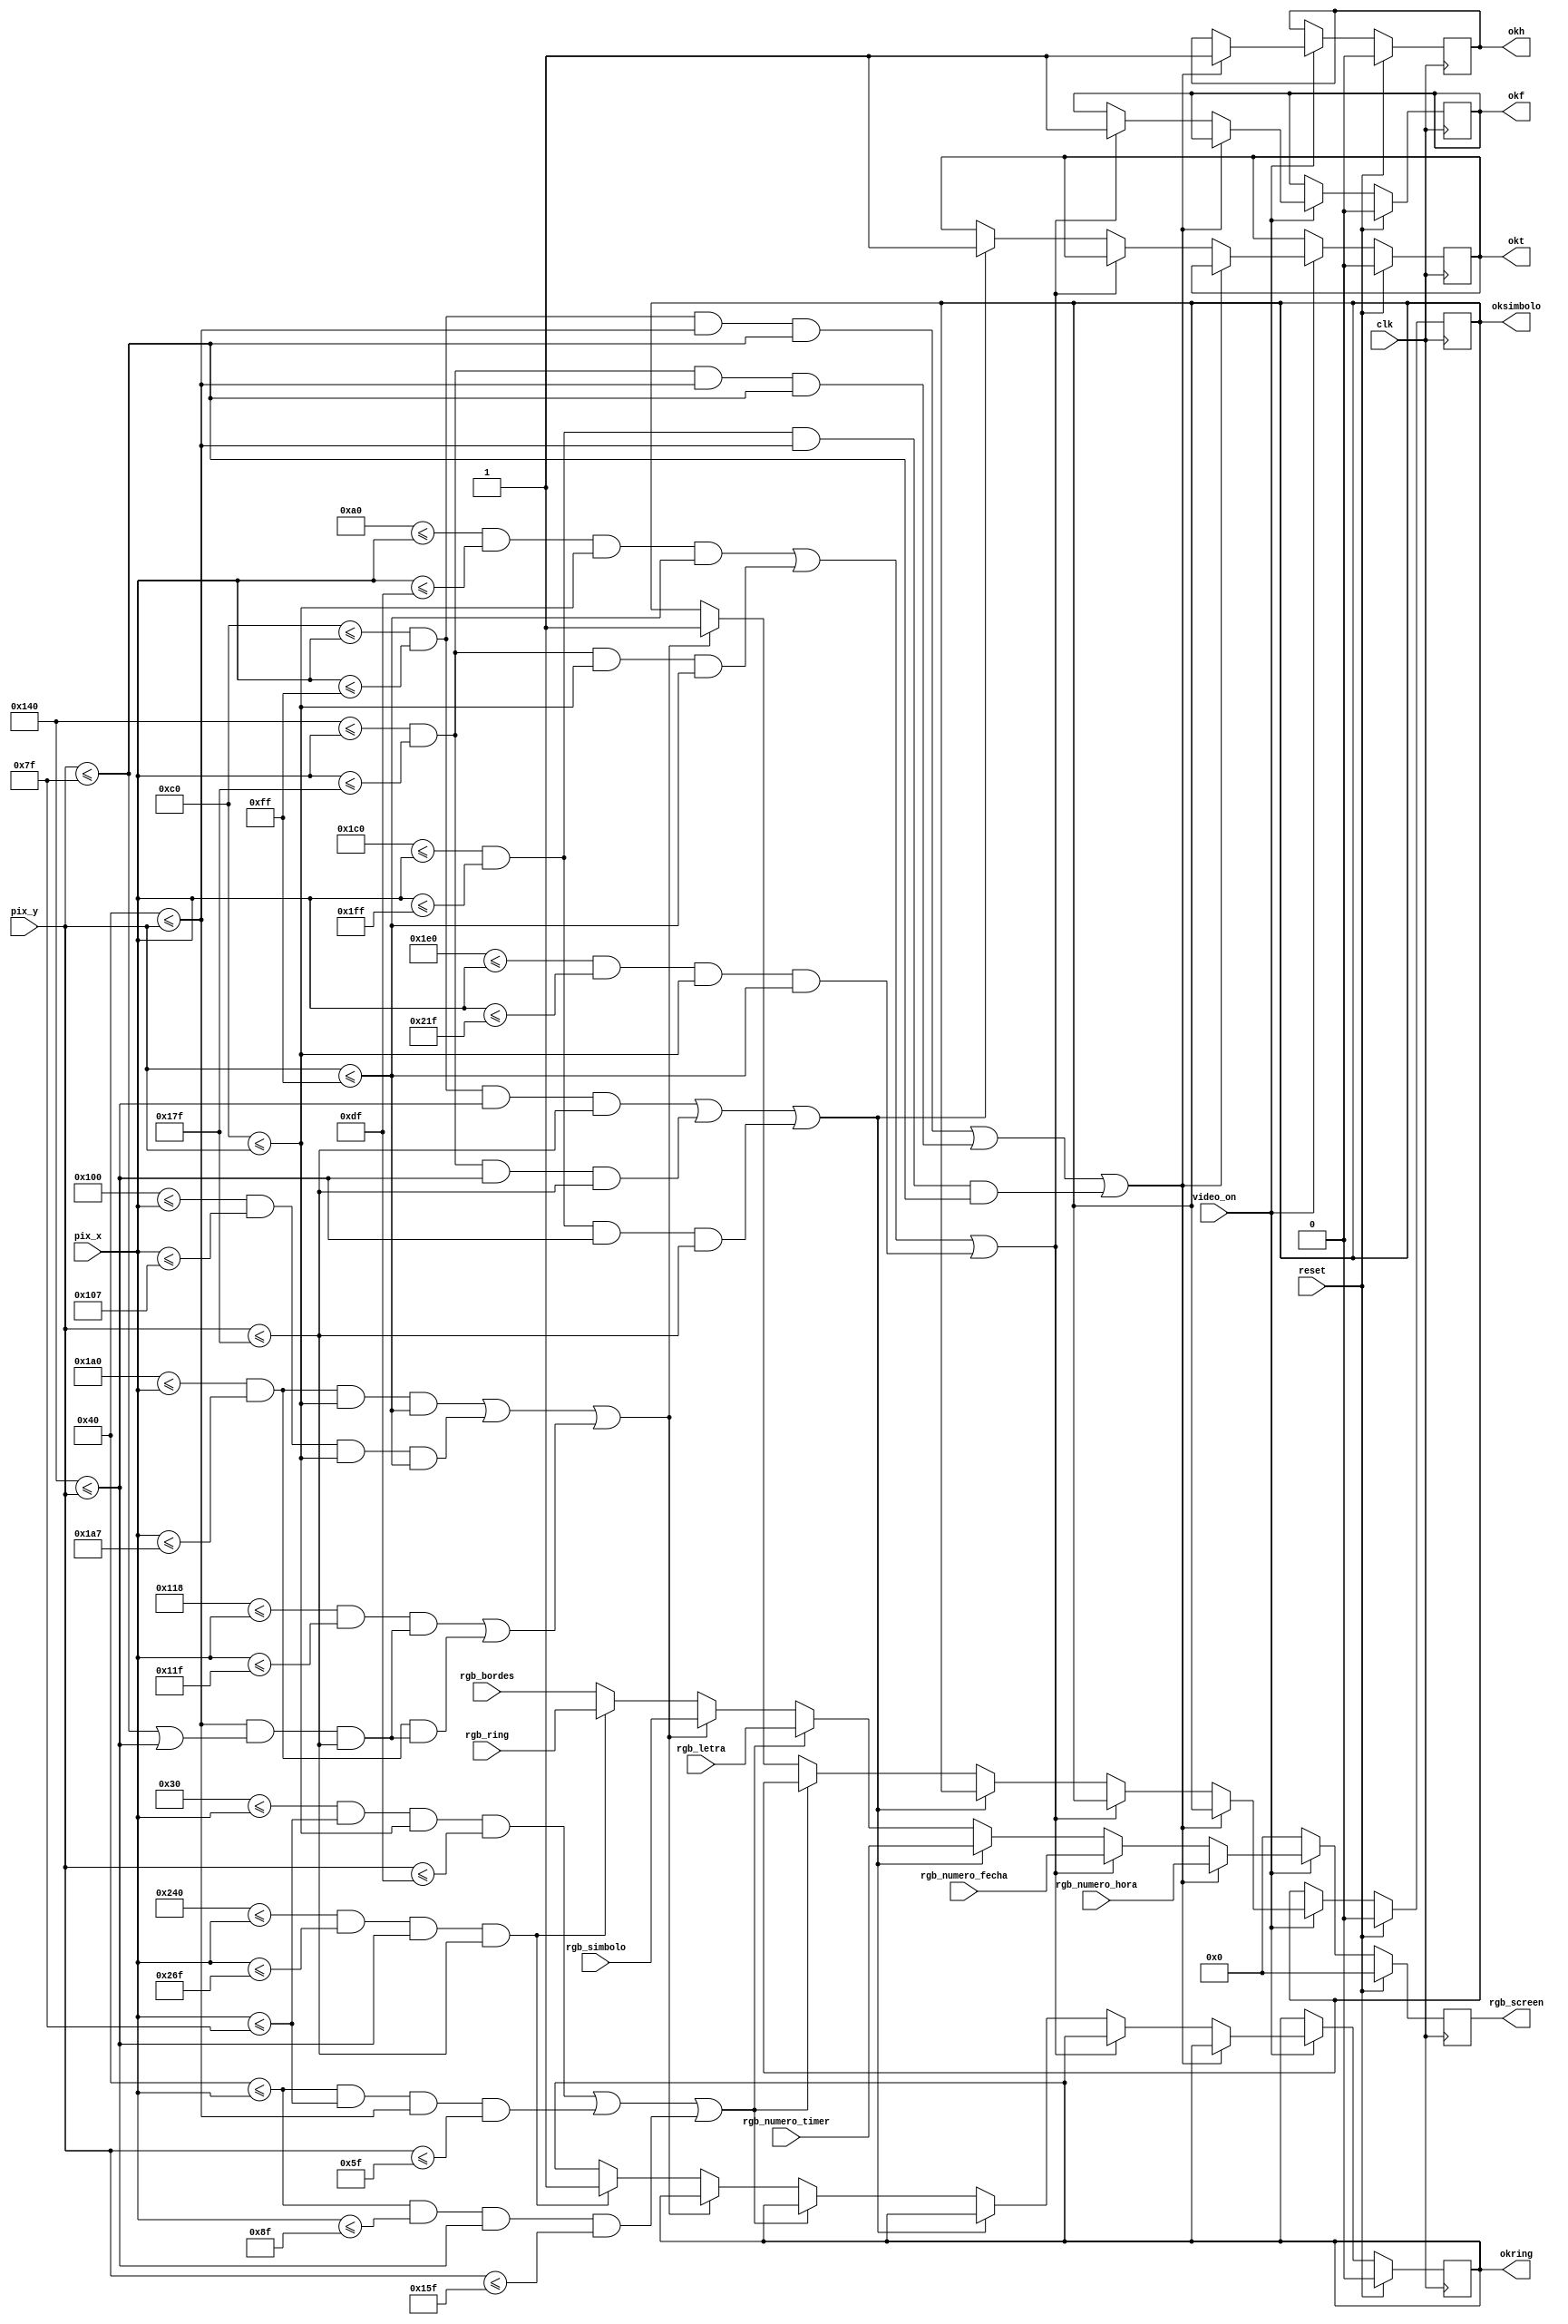
`timescale 1ns / 1ps
//////////////////////////////////////////////////////////////////////////////////
// Company:
// Engineer:
//
// Design Name:
// Module Name:    SELECCIONADOR_RGB
// Project Name:
// Target Devices:
// Tool versions:
// Description:
//
// Dependencies:
//
// Revision:
// Revision 0.01 - File Created
// Additional Comments:
//hecho por: joao salas ramirez
//este modulo se encarga de seleccionar cual caracter, numero, simbolo... debe desplegarse en la pantalla
//de acuerdo a la coordenada actual
//////////////////////////////////////////////////////////////////////////////////
module SELECCIONADOR_RGB(
    input clk,
    input wire video_on,reset,
    input wire [9:0] pix_x,pix_y,
    input wire [11:0] rgb_numero_hora,rgb_numero_fecha,rgb_numero_timer,
    input wire [11:0] rgb_ring,rgb_letra,rgb_bordes,rgb_simbolo,
    output wire [11:0] rgb_screen,
    output reg okh,okf,okt,oksimbolo,okring
    );

    //coordenadas de seleccion
//*************************************************
    //----------------para numeros-----------------
    wire hour1on,hour2on,hour3on;
    wire date1on,date2on,date3on;
    wire timer1on,timer2on,timer3on;

    assign hour1on=(192<=pix_x) && (pix_x<=255) &&(64<=pix_y) && (pix_y<=127);
    assign hour2on=(320<=pix_x) && (pix_x<=383) &&(64<=pix_y) && (pix_y<=127);
    assign hour3on=(448<=pix_x) && (pix_x<=511) &&(64<=pix_y) && (pix_y<=127);


    assign date1on=(160<=pix_x) && (pix_x<=223) &&(192<=pix_y) && (pix_y<=255);
    assign date2on=(320<=pix_x) && (pix_x<=383) &&(192<=pix_y) && (pix_y<=255);
    assign date3on=(480<=pix_x) && (pix_x<=543) &&(192<=pix_y) && (pix_y<=255);

    assign timer1on=(192<=pix_x) && (pix_x<=255) &&(320<=pix_y) && (pix_y<=383);
    assign timer2on=(320<=pix_x) && (pix_x<=383) &&(320<=pix_y) && (pix_y<=383);
    assign timer3on=(448<=pix_x) && (pix_x<=511) &&(320<=pix_y) && (pix_y<=383);

//----------------------------para puntos separadores de hora fecha y crono-------------------
  wire barrafecha_on;
  wire ruedaon1_on;
assign barrafecha_on=((416<=pix_x) && (pix_x<=423) && (192<=pix_y) && (pix_y<=255))|(
  (256<=pix_x) && (pix_x<=263) && (192<=pix_y) && (pix_y<=255));

assign ruedaon1_on= ((280<=pix_x) && (pix_x<=287) && ((64<=pix_y) && (pix_y<=127)|(320<=pix_y) && (pix_y<=383)))|
  ((416<=pix_x) && (pix_x<=423) && ((64<=pix_y) && (pix_y<=127)|(320<=pix_y) && (pix_y<=383)));



//*******************************************************
    //----------------para letras-----------------
    wire fecha_word,hora_word,timer_word;

    assign fecha_word=(48<=pix_x) && (pix_x<=127) &&(192<=pix_y) && (pix_y<=223);
    assign hora_word=(64<=pix_x) && (pix_x<=127) &&(64<=pix_y) && (pix_y<=95);
    assign timer_word=(64<=pix_x) && (pix_x<=143) &&(320<=pix_y) && (pix_y<=351);


    //----------------para RING-----------------
    wire ring_word;
    assign ring_word=(576<=pix_x) && (pix_x<=623) &&(320<=pix_y) && (pix_y<=383);


    //------------------PARA LOS BORDES ES EL ELSE------

    //multiplexado de salida

     reg [11:0] rgb_screenreg;
always@(posedge clk)
    if(reset) begin
        rgb_screenreg<=0;
        okf<=0;
        oksimbolo<=0;
        okh<=0;
        okt<=0;
		    okring<=0;
    end
    else begin
            		if(~video_on)
            			rgb_screenreg<=0;
            		else begin
              		if  (hour1on | hour2on | hour3on ) begin
              				rgb_screenreg <= rgb_numero_hora;
                      okh<=1;end
                  else if ( date1on | date2on | date3on )begin
              				rgb_screenreg <= rgb_numero_fecha;
                      okf<=1;end
                  else if ( timer1on | timer2on | timer3on) begin
              				rgb_screenreg <= rgb_numero_timer;
                      okt<=1;end
              		else if(fecha_word | hora_word | timer_word)
              				rgb_screenreg <= rgb_letra;

                  else if (barrafecha_on | ruedaon1_on ) begin
              				rgb_screenreg <= rgb_simbolo;oksimbolo<=1;end
                  else if(ring_word) begin
                  			rgb_screenreg <= rgb_ring;
                        okring<=1;
                        end
                  else
                    rgb_screenreg <= rgb_bordes;
                  end
            end
 assign rgb_screen=rgb_screenreg;

endmodule